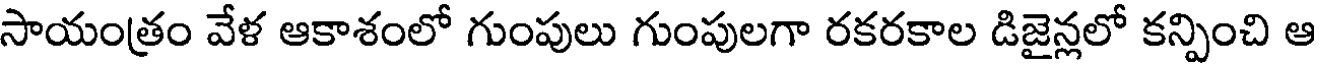
సాయంత్రం వేళ ఆకాశంలో గుంపులు గుంపులగా రకరకాల డిజైన్లలో కన్పించి ఆ